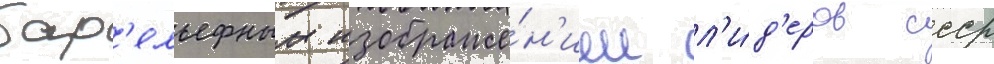
бар'ельефным изображе́н'ием л'и́д'еров ссср